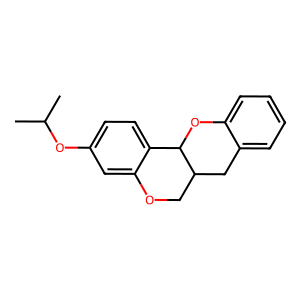
SMILES: CC(C)Oc1ccc2c(c1)OCC1Cc3ccccc3OC21
Inhibits HIV replication: No